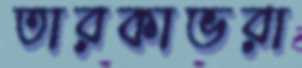
তারকাভরা